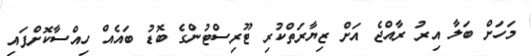
މަހަށް ބަލާ އިރު ރާއްޖެ އަށް ޒިޔާރަތްކުރި ޓޫރިސްޓުންގެ ބޮޑު ބައެއް ހިއްސާކޮށްފައި